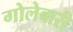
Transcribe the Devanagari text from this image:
गोलेबारी